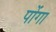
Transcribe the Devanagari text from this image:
पोंगा